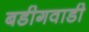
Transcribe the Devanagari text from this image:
बडीगवाडी